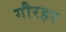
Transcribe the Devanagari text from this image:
गौरहर